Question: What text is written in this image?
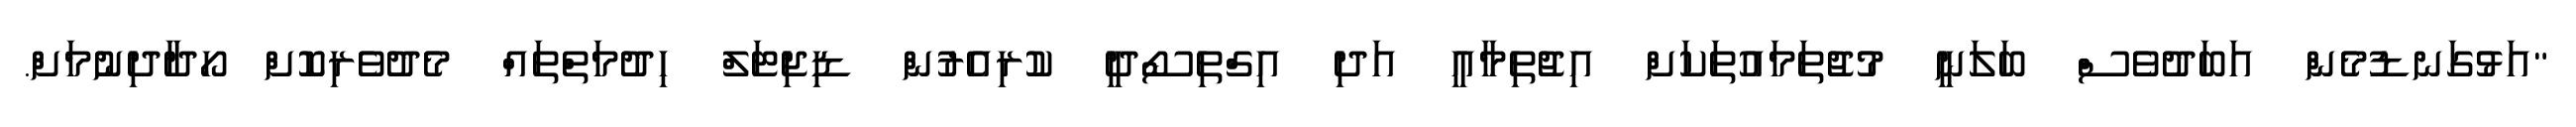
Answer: "އަޅުގަނޑުމެން އަބަދުވެސް ބަލަނީ މުޖުތަމައުތަކަށް އިޖުތިމާއީ އަދި އިގްތިސޯދީ ކުރިއެރުން ޑިޖިޓަލް ހިދުމަތްތައް މެދުވެރިކޮށް ހޯދާދިނުމަށް.